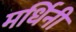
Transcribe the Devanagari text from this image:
मर्धिनी